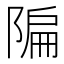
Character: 𫕌